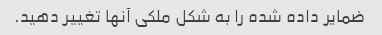
ضمایر داده شده را به شکل ملکی آنها تغییر دهید.